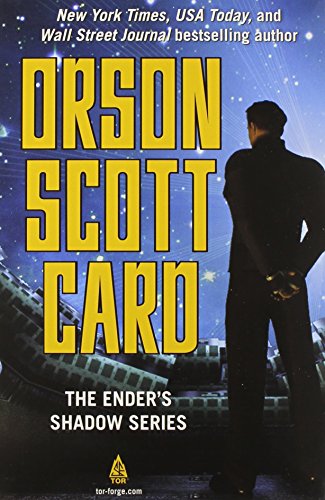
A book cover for The Ender's Shadow Series Boxed Set: Ender's Shadow, Shadow of the Hegemon, Shadow Puppets, Shadow of the Giant (The Shadow Series); Orson Scott Card; Science Fiction & Fantasy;